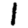
Digit: 1